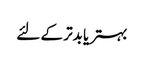
بہتر یا بدتر کے لئے